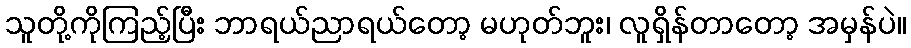
သူတို့ကိုကြည့်ပြီး ဘာရယ်ညာရယ်တော့ မဟုတ်ဘူး၊ လူရှိန်တာတော့ အမှန်ပဲ။